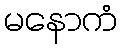
မနောကံ